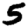
Digit: 5